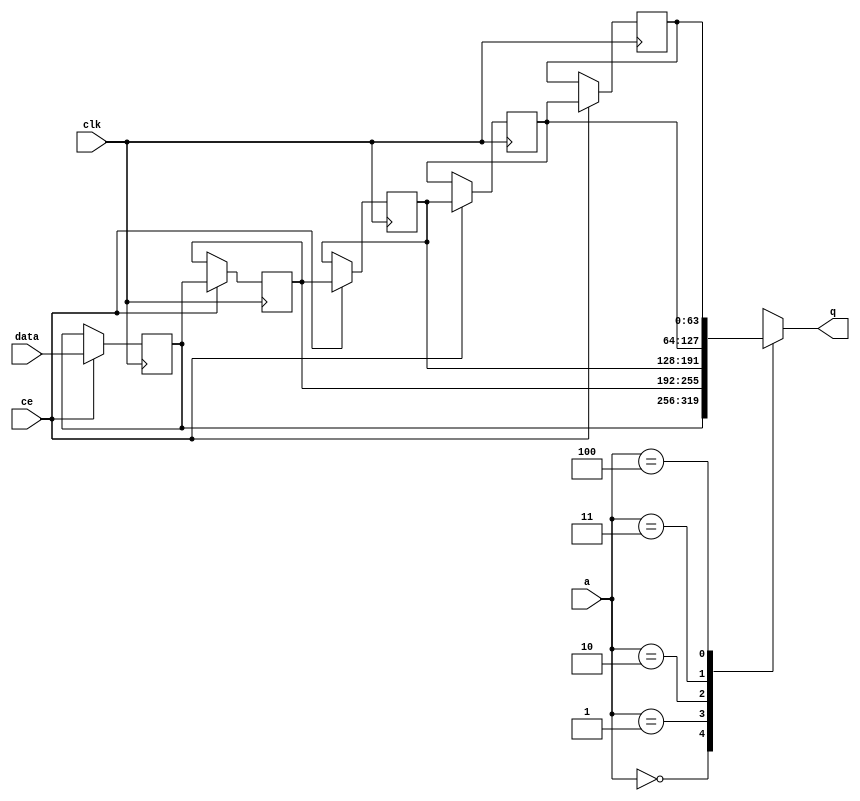
// ==============================================================
// File generated by Vivado(TM) HLS - High-Level Synthesis from C, C++ and SystemC
// Version: 2017.4.op
// Copyright (C) 1986-2018 Xilinx, Inc. All Rights Reserved.
// 
// ==============================================================


`timescale 1 ns / 1 ps

module fifo_w64_d4_A_shiftReg (
    clk,
    data,
    ce,
    a,
    q);

parameter DATA_WIDTH = 32'd64;
parameter ADDR_WIDTH = 32'd3;
parameter DEPTH = 32'd5;

input clk;
input [DATA_WIDTH-1:0] data;
input ce;
input [ADDR_WIDTH-1:0] a;
output [DATA_WIDTH-1:0] q;

reg[DATA_WIDTH-1:0] SRL_SIG [0:DEPTH-1];
integer i;

always @ (posedge clk)
    begin
        if (ce)
        begin
            for (i=0;i<DEPTH-1;i=i+1)
                SRL_SIG[i+1] <= SRL_SIG[i];
            SRL_SIG[0] <= data;
        end
    end

assign q = SRL_SIG[a];

endmodule

module fifo_w64_d4_A (
    clk,
    reset,
    if_empty_n,
    if_read_ce,
    if_read,
    if_dout,
    if_full_n,
    if_write_ce,
    if_write,
    if_din);

parameter MEM_STYLE   = "shiftreg";
parameter DATA_WIDTH  = 32'd64;
parameter ADDR_WIDTH  = 32'd3;
parameter DEPTH       = 32'd5;

input clk;
input reset;
output if_empty_n;
input if_read_ce;
input if_read;
output[DATA_WIDTH - 1:0] if_dout;
output if_full_n;
input if_write_ce;
input if_write;
input[DATA_WIDTH - 1:0] if_din;

wire[ADDR_WIDTH - 1:0] shiftReg_addr ;
wire[DATA_WIDTH - 1:0] shiftReg_data, shiftReg_q;
wire                     shiftReg_ce;
reg[ADDR_WIDTH:0] mOutPtr = {(ADDR_WIDTH+1){1'b1}};
reg internal_empty_n = 0, internal_full_n = 1;

assign if_empty_n = internal_empty_n;
assign if_full_n = internal_full_n;
assign shiftReg_data = if_din;
assign if_dout = shiftReg_q;

always @ (posedge clk) begin
    if (reset == 1'b1)
    begin
        mOutPtr <= ~{ADDR_WIDTH+1{1'b0}};
        internal_empty_n <= 1'b0;
        internal_full_n <= 1'b1;
    end
    else begin
        if (((if_read & if_read_ce) == 1 & internal_empty_n == 1) && 
            ((if_write & if_write_ce) == 0 | internal_full_n == 0))
        begin
            mOutPtr <= mOutPtr - 1;
            if (mOutPtr == 0)
                internal_empty_n <= 1'b0;
            internal_full_n <= 1'b1;
        end 
        else if (((if_read & if_read_ce) == 0 | internal_empty_n == 0) && 
            ((if_write & if_write_ce) == 1 & internal_full_n == 1))
        begin
            mOutPtr <= mOutPtr + 1;
            internal_empty_n <= 1'b1;
            if (mOutPtr == DEPTH - 2)
                internal_full_n <= 1'b0;
        end 
    end
end

assign shiftReg_addr = mOutPtr[ADDR_WIDTH] == 1'b0 ? mOutPtr[ADDR_WIDTH-1:0]:{ADDR_WIDTH{1'b0}};
assign shiftReg_ce = (if_write & if_write_ce) & internal_full_n;

fifo_w64_d4_A_shiftReg 
#(
    .DATA_WIDTH(DATA_WIDTH),
    .ADDR_WIDTH(ADDR_WIDTH),
    .DEPTH(DEPTH))
U_fifo_w64_d4_A_ram (
    .clk(clk),
    .data(shiftReg_data),
    .ce(shiftReg_ce),
    .a(shiftReg_addr),
    .q(shiftReg_q));

endmodule